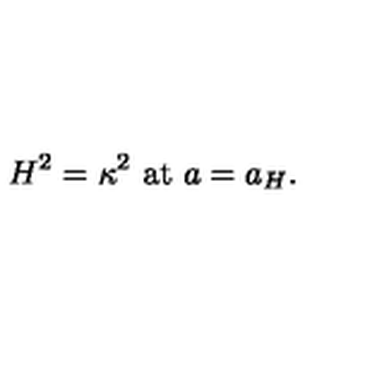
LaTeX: H ^ { 2 } = \kappa ^ { 2 } \ \mathrm { a t } \ a = a _ { H } .